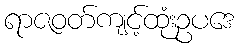
ရာဇဝတ်ကျင့်ထုံးဥပဒေ